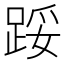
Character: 𨁡